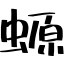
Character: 螈